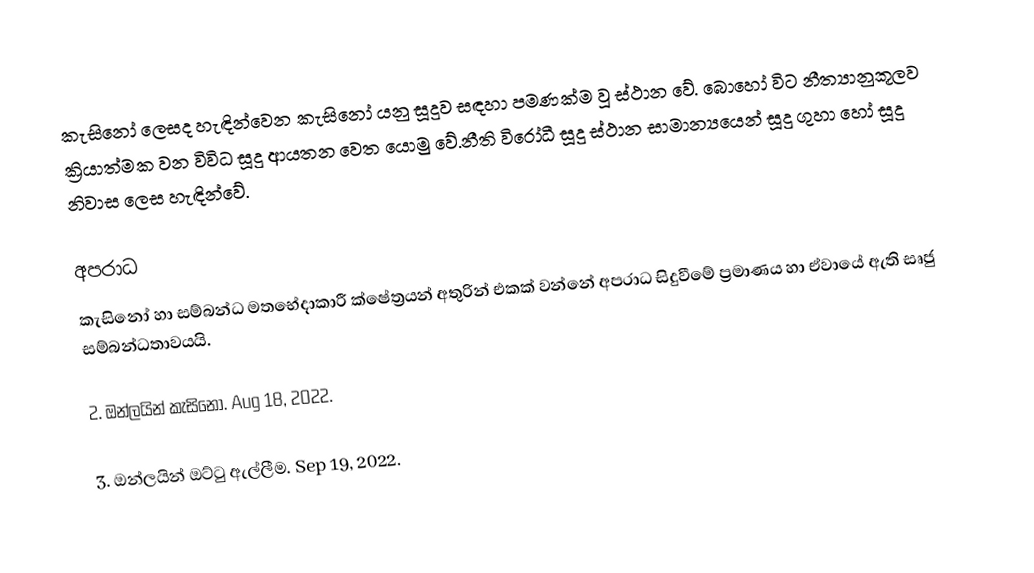
කැසිනෝ ලෙසද හැඳින්වෙන කැසිනෝ යනු සූදුව සඳහා පමණක්ම වූ ස්ථාන වේ. බොහෝ විට නීත්‍යානුකූලව ක්‍රියාත්මක වන විවිධ සූදු ආයතන වෙත යොමු වේ.නීති විරෝධී සූදු ස්ථාන සාමාන්‍යයෙන් සූදු ගුහා හෝ සූදු නිවාස ලෙස හැඳින්වේ.

අපරාධ
කැසිනෝ හා සම්බන්ධ මතභේදාකාරී ක්ෂේත්‍රයන් අතුරින් එකක් වන්නේ අපරාධ සිදුවීමේ ප්‍රමාණය හා ඒවායේ ඇති සෘජු සම්බන්ධතාවයයි.

2. ඔන්ලයින් කැසිනෝ. Aug 18, 2022.

3. ඔන්ලයින් ඔට්ටු ඇල්ලීම. Sep 19, 2022.